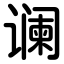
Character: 谰